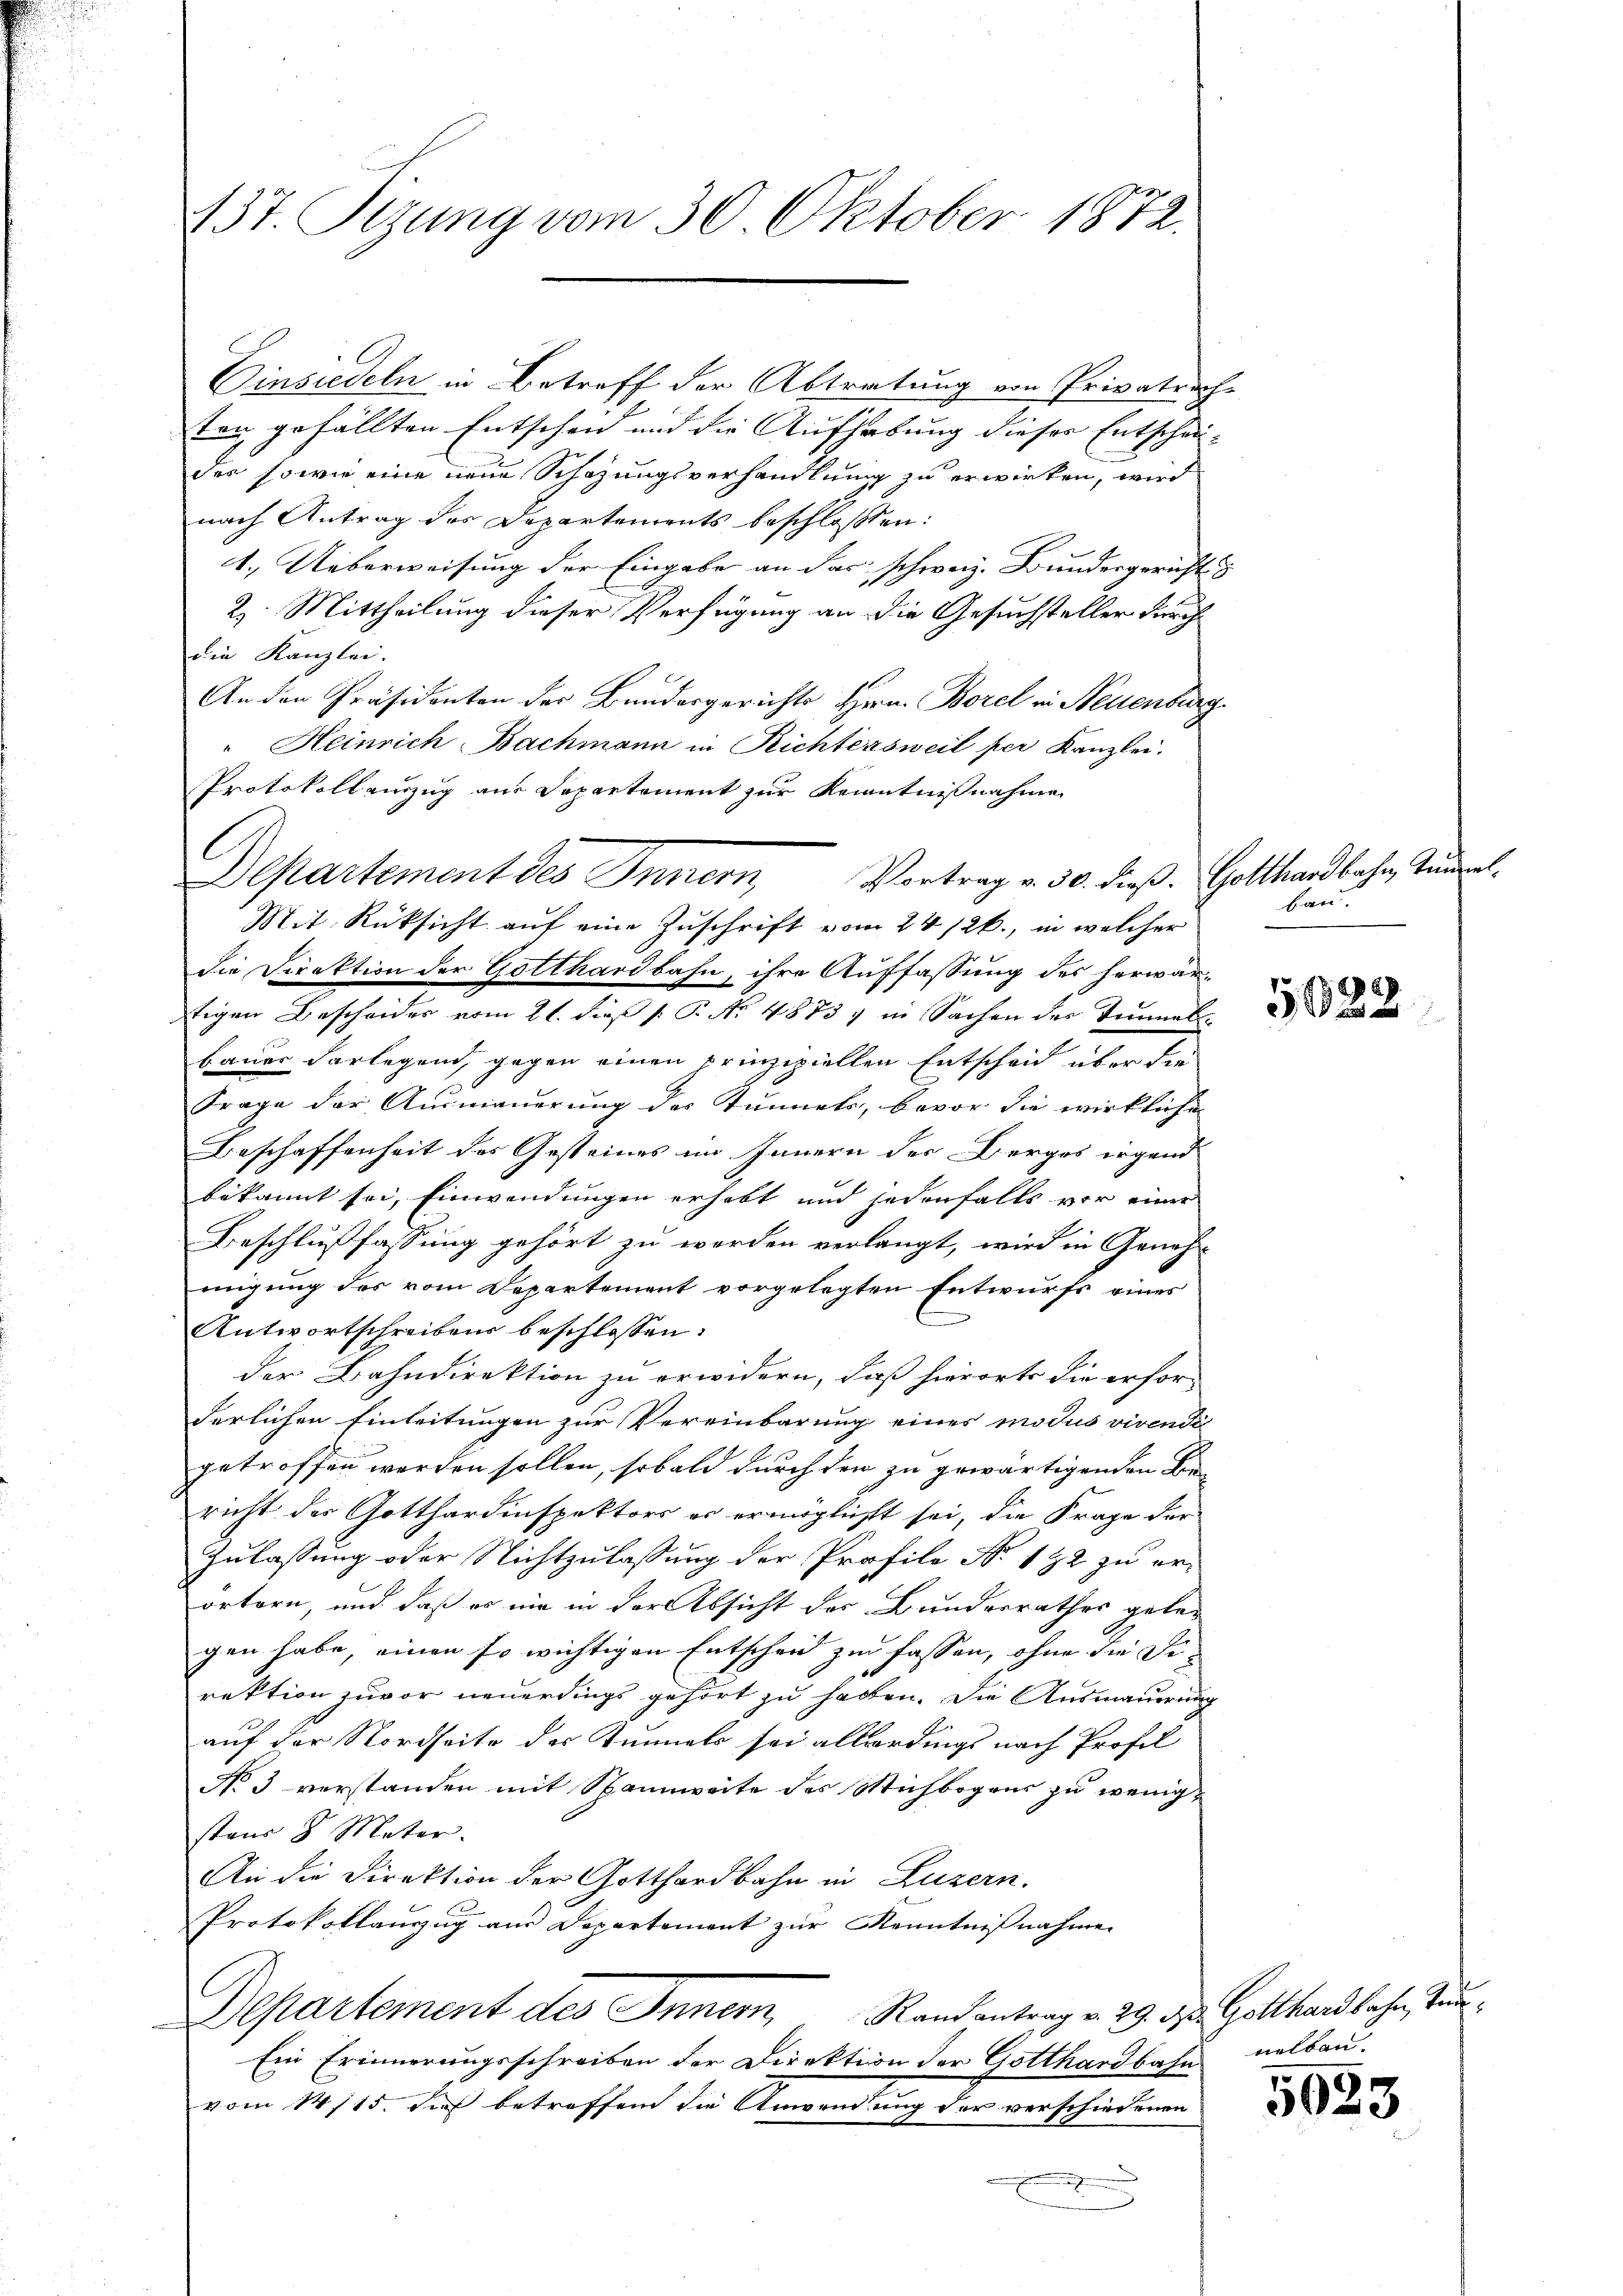
137. Sizung vom 30. Oktober 1872.

Einsiedeln in Betreff der Abtratung von Privatrechten gefällten Entschend und die Aufhebung dieser Entschei- |
des sowie eine neue Schazungsverhandlung zu erwirken, wird
nach Antrag des Departements beschloßen:
1.) Ueberweisung der Eingabe an das schweiz. Bundesgericht
2. Mittheilung dieser Verfügung an die Gesuchsteller durch
die Kanzlei.
An den Präsidenten der Bundergerichts Hrn. Borel in Neuenburg
" Heinrich Bachmann in Richtersweil per Kanzlei.
Protokoll einzug aus Separtement zur Kenntnißnahme
Mit Rücksicht auf eine Zuschrift vom 24. 126., in welcher
die Direktion der Gotthardbahn, ihre Auffassung des herwärtigen Bescheides vom 21. dieß P. Nr. 4873 in Sachen der Timels
bauer Vorlegend, gegen einen prinzipiellen Entscheid über die
Frage der Ausmauerung der Kunnels, bevor die wirkliche
Beschaffenheit des Gesteines im Innern der Berges irgend
bekannt sei, Einwendungen erhebt und jedenfalls vor einer
Beschlußfassung gehört zu worden verlangt, wird in Geneh-
migung des vom Departement vorgelegten Entwurfs eines
x
Antwortschreibens beschlossen:
der Bahndirektion zu erwidern, daß hierorts die erfor-
derlichen Einleitungen zur Vereinbarung eines modus vivendii
getroffen werden sollen, sobald durch den zu gewärtigenden Be-
richt des Gotthardinspektors er ermöglicht sei, die Frage der
Zulassung oder Nichtzulassung der Profilo No. 182 zu erörtern, und daß es nie in der Absicht der Bundesrathes geber
gen habe, einen so wichtigen Entscheid zu fassen, ohne die Direktion zuvor neuerdings gehört zu haben. Die Ausmauerung
auf der Nordseite des Tunnels sei allerdings nach Profes
No 3 verstanden mit Spannweite des Michbogens zu wenigstaus 8 Mater.
An die Direktion der Gotthardbahn in Luzern.
Protokollanzug aus Departement zur Kenntnißnahmen
Departement des Inner, Randantrag v. 29. ds. Gotthardbahn, Ten
Ein Erinnerungsschreiben der Direktion der Gotthardbahn
vom 14/15. dieß betreffend die Anwendung der verschiedenen

Departement des Innern, Vortrag v. 30. dieß.

Gotthardbahn, Tanzelbau.

.
50xx

nalbau.

5023